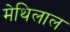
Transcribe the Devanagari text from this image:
मेथिलाल